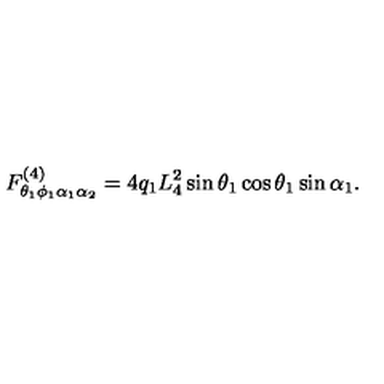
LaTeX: F _ { \theta _ { 1 } \phi _ { 1 } \alpha _ { 1 } \alpha _ { 2 } } ^ { ( 4 ) } = 4 { q } _ { 1 } L _ { 4 } ^ { 2 } \sin \theta _ { 1 } \cos \theta _ { 1 } \sin \alpha _ { 1 } .